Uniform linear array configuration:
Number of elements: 48
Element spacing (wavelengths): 0.5
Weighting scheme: uniform
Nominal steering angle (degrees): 0
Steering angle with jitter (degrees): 0.9759
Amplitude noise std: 0.05
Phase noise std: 0.05

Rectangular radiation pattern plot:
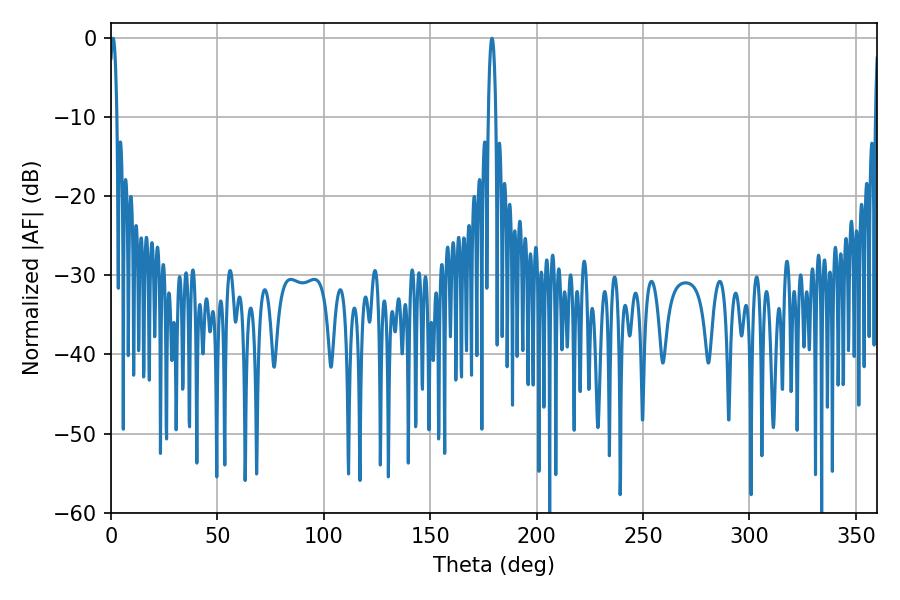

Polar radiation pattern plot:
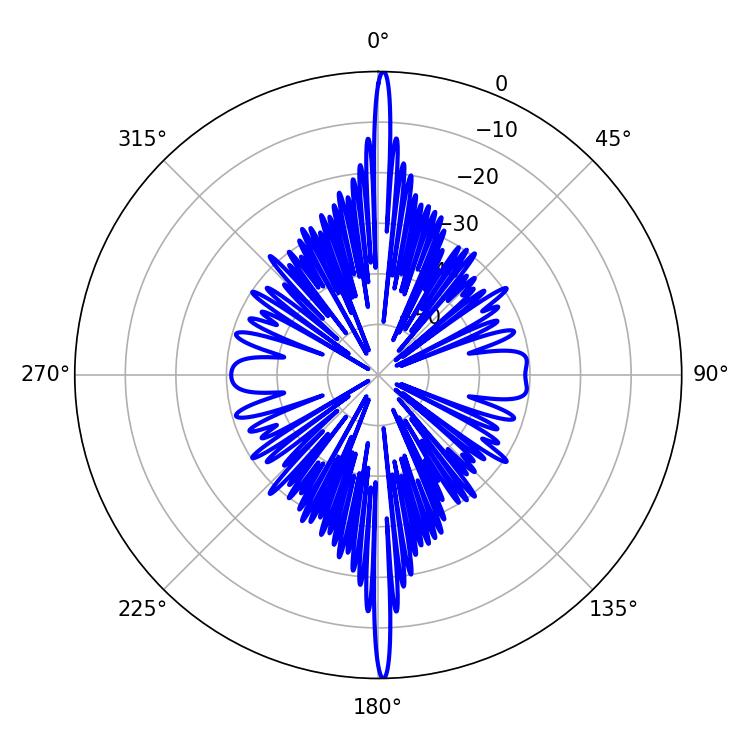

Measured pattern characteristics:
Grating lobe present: FALSE
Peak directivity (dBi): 31.503
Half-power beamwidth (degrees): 1.98
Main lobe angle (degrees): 0.9